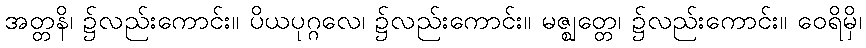
အတ္တနိ၊ ၌လည်းကောင်း။ ပိယပုဂ္ဂလေ၊ ၌လည်းကောင်း။ မဇ္ဈတ္တေ၊ ၌လည်းကောင်း။ ဝေရိမှိ၊